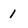
Character: 1